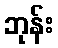
ဘုန်း